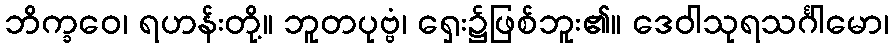
ဘိက္ခဝေ၊ ရဟန်းတို့။ ဘူတပုဗ္ဗံ၊ ရှေး၌ဖြစ်ဘူး၏။ ဒေဝါသုရသင်္ဂါမော၊